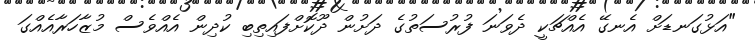
"އަޅުގަނޑަށް އެނގޭ އެއްޗަކީ ދެވަނަ ފުރުސަތުގެ ދަށުން ދޫކޮށްފައިތިބި ކުދިން އެއްވެސް މުޒާހަރާއެއްގަ